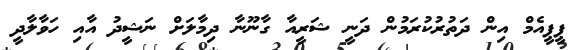
ޕީޕީއެމް އިން ދަތުރުކުރަމުން ދަނީ ޝަރީއާ ގާނޫނާ ދިމާލަށް ނަޝީދު އާއި ހަވާލާދީ